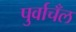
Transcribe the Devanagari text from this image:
पुर्वाचँल